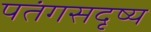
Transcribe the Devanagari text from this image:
पतंगसदृष्य